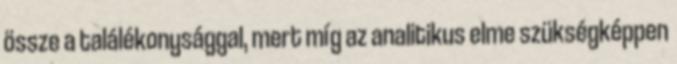
össze a találékonysággal, mert míg az analitikus elme szükségképpen